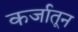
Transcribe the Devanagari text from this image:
कर्जातून